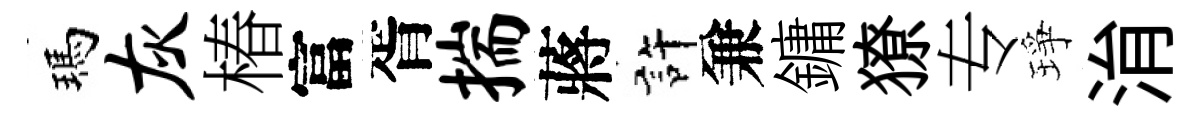
瑪灰椿富胥揣蔣許兼鏞獠专琤㳙